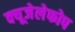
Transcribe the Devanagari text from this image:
क्‍यूजेलेफोप